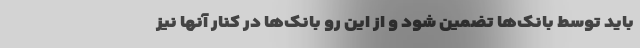
باید توسط بانک‌ها تضمین شود و از این رو بانک‌ها در کنار آنها نیز